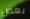
بعض